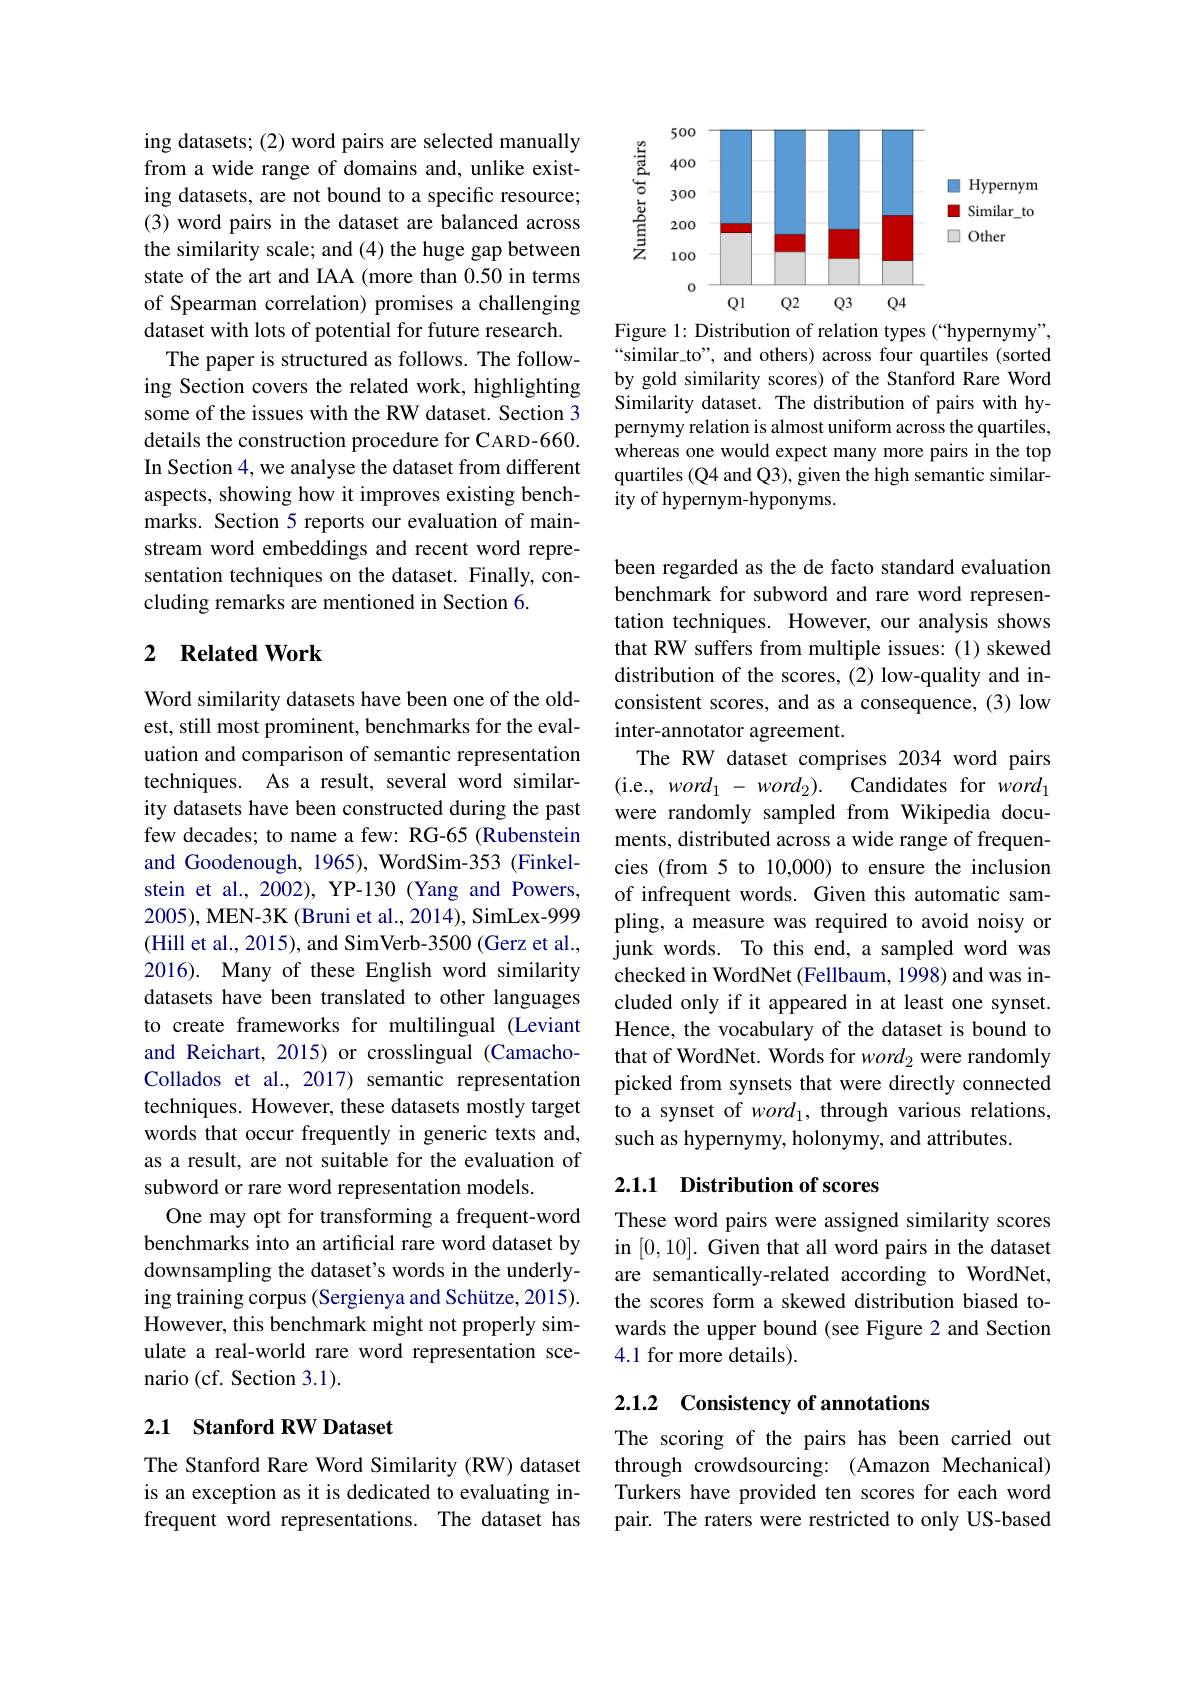
ing datasets; (2) word pairs are selected manually from a wide range of domains and, unlike existing datasets, are not bound to a specific resource; (3) word pairs in the dataset are balanced across the similarity scale; and (4) the huge gap between state of the art and IAA (more than 0.50 in terms of Spearman correlation) promises a challenging dataset with lots of potential for future research.
The paper is structured as follows. The following Section covers the related work, highlighting some of the issues with the RW dataset. Section 3 details the construction procedure for CARD-660. In Section 4, we analyse the dataset from different aspects, showing how it improves existing benchmarks. Section 5 reports our evaluation of mainstream word embeddings and recent word representation techniques on the dataset. Finally, concluding remarks are mentioned in Section 6.

### 2 $\textbf{Related Work}$

Word similarity datasets have been one of the oldest, still most prominent, benchmarks for the evaluation and comparison of semantic representation techniques. As a result, several word similarity datasets have been constructed during the past few decades; to name a few: RG-65 (Rubenstein and Goodenough, 1965), WordSim-353 (Finkelstein et al., 2002), YP-130 (Yang and Powers, 2005), MEN-3K (Bruni et al., 2014), SimLex-999 (Hill et al., 2015), and SimVerb-3500(Gerz et al., 2016). Many of these English word similarity datasets have been translated to other languages to create frameworks for multilingual (Leviant and Reichart, 2015) or crosslingual (CamachoCollados et al., 2017) semantic representation techniques. However, these datasets mostly target words that occur frequently in generic texts and, as a result, are not suitable for the evaluation of subword or rare word representation models.
One may opt for transforming a frequent-word benchmarks into an artificial rare word dataset by downsampling the dataset's words in the underlying training corpus (Sergienya and Schütze, 2015). However, this benchmark might not properly simulate a real-world rare word representation scenario (cf. Section 3.1).

### 2.1 $\textbf{Stanford RW Dataset}$

The Stanford Rare Word Similarity (RW) dataset is an exception as it is dedicated to evaluating infrequent word representations. The dataset has

<FigureHere>

Figure 1: Distribution of relation types (“hypernymy”, $“similar\_to”, and others) across four quartiles (sorted$ by gold similarity scores) of the Stanford Rare Word Similarity dataset. The distribution of pairs with hypernymy relation is almost uniform across the quartiles, whereas one would expect many more pairs in the top quartiles (Q4 and Q3), given the high semantic similarity of hypernym-hyponyms.

been regarded as the de facto standard evaluation benchmark for subword and rare word representation techniques. However, our analysis shows that RW suffers from multiple issues:(1) skewed distribution of the scores, (2) low-quality and inconsistent scores, and as a consequence, (3) low inter-annotator agreement.
The RW dataset comprises 2034 word pairs (i.e., word$_1- word_2) .$ Candidates for word$_1$ were randomly sampled from Wikipedia documents, distributed across a wide range of frequencies (from 5 to 10,000) to ensure the inclusion of infrequent words. Given this automatic sampling, a measure was required to avoid noisy or junk words. To this end, a sampled word was checked in WordNet (Fellbaum, 1998) and was included only if it appeared in at least one synset. Hence, the vocabulary of the dataset is bound to that of WordNet. Words for $word_2$ were randomly picked from synsets that were directly connected to a synset of word 1, through various relations, such as hypernymy, holonymy, and attributes.

## 2.1.1 Distribution of scores

These word pairs were assigned similarity scores in [0,10]. Given that all word pairs in the dataset are semantically-related according to WordNet, the scores form a skewed distribution biased towards the upper bound (see Figure 2 and Section 4.1 for more details).

### 2.1.2 Consistency of annotations

The scoring of the pairs has been carried out through crowdsourcing: (Amazon Mechanical) Turkers have provided ten scores for each word pair. The raters were restricted to only US-based